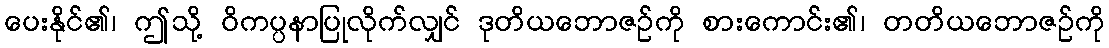
ပေးနိုင်၏၊ ဤသို့ ဝိကပ္ပနာပြုလိုက်လျှင် ဒုတိယဘောဇဉ်ကို စားကောင်း၏၊ တတိယဘောဇဉ်ကို